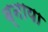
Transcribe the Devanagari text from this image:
ब्नाया